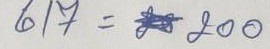
617 = 200